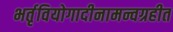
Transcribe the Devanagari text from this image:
भर्तृवियोगादीनामन्वग्रहीत